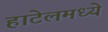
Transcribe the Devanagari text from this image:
हाटेलमध्ये